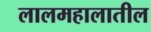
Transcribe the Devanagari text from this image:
लालमहालातील